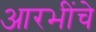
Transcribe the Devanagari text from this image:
आरभींचे